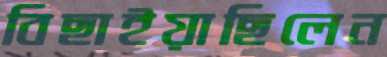
বিছাইয়াছিলেন